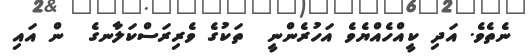
ނެތެވެ. އަދި ކީއްހެއްޔެވެ އަހުރެންނީ  ތަކުގެ ވެރިރަސްކަލާނގެ  ން އައި